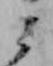
ミ